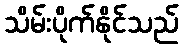
သိမ်းပိုက်နိုင်သည်